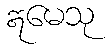
ဣမေသု